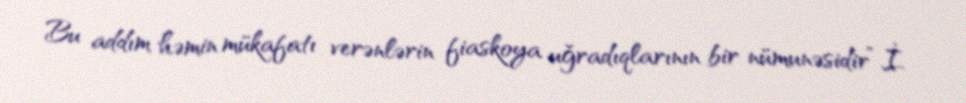
Bu addım həmin mükafatı verənlərin fiaskoya uğradıqlarının bir nümunəsidir”.İ.